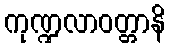
ကုဏ္ဍလာဝတ္တာနိ